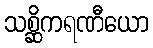
သစ္ဆိကရဏီယော